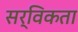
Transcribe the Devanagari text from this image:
सर्विकता